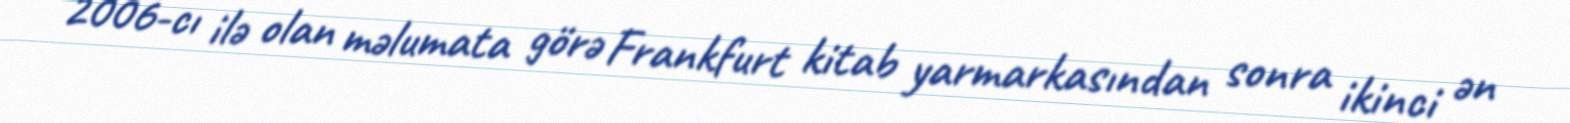
2006-cı ilə olan məlumata görə Frankfurt kitab yarmarkasından sonra ikinci ən